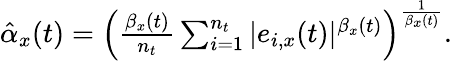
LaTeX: \begin{array}{r}{\hat{\alpha}_{x}(t)=\left(\frac{\beta_{x}(t)}{n_{t}}\sum_{i=1}^{n_{t}}|e_{i,x}(t)|^{\beta_{x}(t)}\right)^{\frac{1}{\beta_{x}(t)}}.}\end{array}